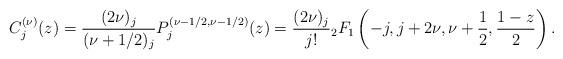
LaTeX: \begin{align*}C_j^{(\nu)}(z) = \frac{(2\nu)_j}{(\nu+1/2)_j}P_j^{(\nu-1/2,\nu-1/2)}(z) = \frac{(2\nu)_j}{j!}{}_2F_1\left(-j, j+2\nu, \nu+\frac{1}{2}, \frac{1-z}{2}\right).\end{align*}